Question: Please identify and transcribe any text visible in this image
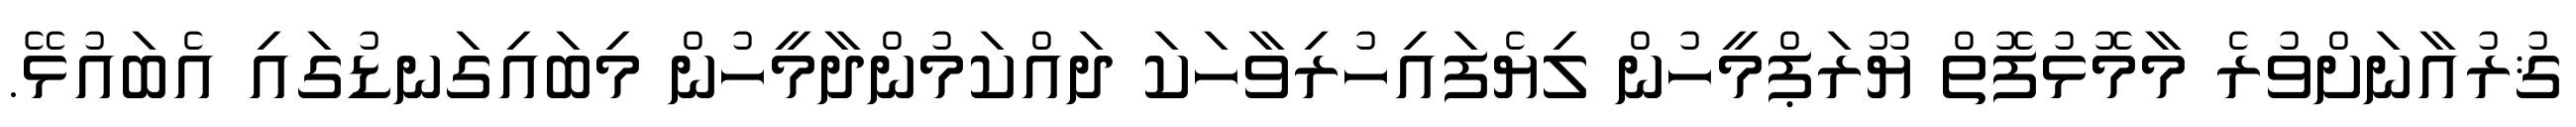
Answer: ޤުރުއާނަށްވުރެ މާމޮޅުފޮތް ޔޫރަޕްމީހުން ލިޔެފައިހުރިވާހަކަ ދައްކަމުންދާމީހުން މިބައިގަނޑުގައި އެބައުޅޭ.